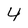
Character: 4